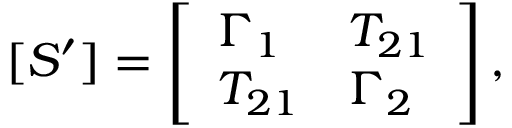
[ S ^ { \prime } ] = \left[ \begin{array} { l l } { \Gamma _ { 1 } } & { T _ { 2 1 } } \\ { T _ { 2 1 } } & { \Gamma _ { 2 } } \end{array} \right] ,